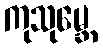
ကုသုမ္ဘေ